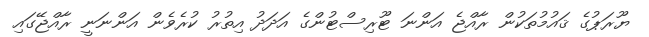
ޔޫރަޕުގެ ޤައުމުތަކުން ރާއްޖެ އަންނަ ޓޫރިސްޓުންގެ އަދަދު އިތުރު ކުރެވެން އަންނަނީ ރާއްޖޭގައި